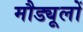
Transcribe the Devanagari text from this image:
मौड्यूलों